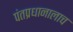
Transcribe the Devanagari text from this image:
पंतप्रधानालाच